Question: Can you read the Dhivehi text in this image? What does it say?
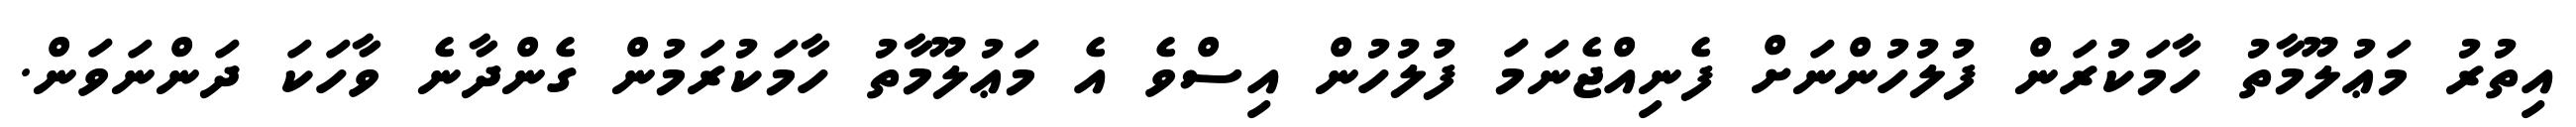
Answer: އިތުރު މަޢުލޫމާތު ހާމަކުރަން ފުލުހުންނަށް ފެނިއްޖެނަމަ ފުލުހުން އިސްވެ އެ މަޢުލޫމާތު ހާމަކުރަމުން ގެންދާނެ ވާހަކަ ދަންނަވަން.